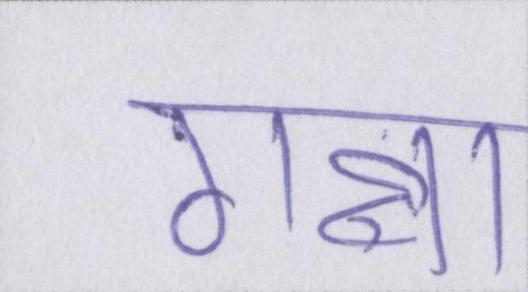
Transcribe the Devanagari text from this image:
गन्ना